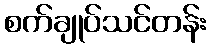
စက်ချုပ်သင်တန်း